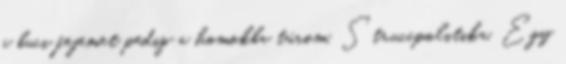
a buci fejemet pedig a homokba túrom. Struccpolitika. Egy